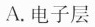
A.电子层